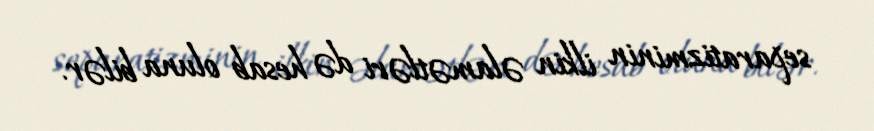
separatizminin ilkin əlamətləri də hesab oluna bilər.